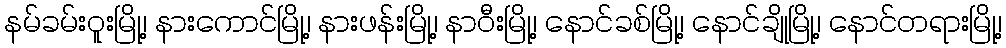
နမ်ခမ်းဝူးမြို့၊ နားကောင်မြို့၊ နားဖန်းမြို့၊ နာဝီးမြို့၊ နောင်ခစ်မြို့၊ နောင်ချိုမြို့၊ နောင်တရားမြို့၊